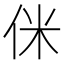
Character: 侎